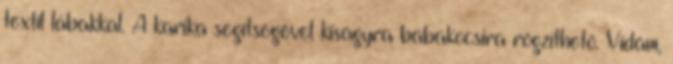
textil lábakkal. A karika segítségével kiságyra babakocsira rögzíthető. Vidám,